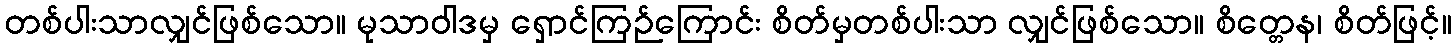
တစ်ပါးသာလျှင်ဖြစ်သော။ မုသာဝါဒမှ ရှောင်ကြဉ်ကြောင်း စိတ်မှတစ်ပါးသာ လျှင်ဖြစ်သော။ စိတ္တေန၊ စိတ်ဖြင့်။